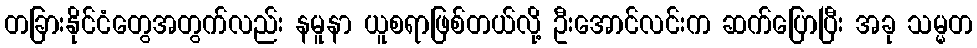
တခြားနိုင်ငံတွေအတွက်လည်း နမူနာ ယူစရာဖြစ်တယ်လို့ ဦးအောင်လင်းက ဆက်ပြောပြီး အခု သမ္မတ